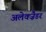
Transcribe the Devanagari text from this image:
अलेक्ज़ैडर